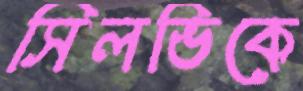
সিলভিকে